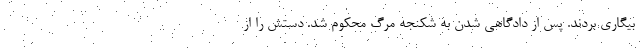
بیگاری بردند. پس از دادگاهی شدن به شکنجه مرگ محکوم شد. دستش را از